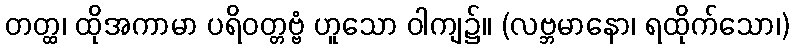
တတ္ထ၊ ထိုအကာမာ ပရိဝတ္တဗ္ဗံ ဟူသော ဝါကျ၌။ (လဗ္ဘမာနော၊ ရထိုက်သော၊)